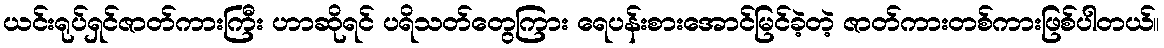
ယင်းရုပ်ရှင်ဇာတ်ကားကြီး ဟာဆိုရင် ပရိသတ်တွေကြား ရေပန်းစားအောင်မြင်ခဲ့တဲ့ ဇာတ်ကားတစ်ကားဖြစ်ပါတယ်။